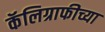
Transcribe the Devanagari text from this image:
कॅलिग्राफीच्या